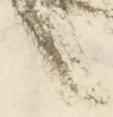
く